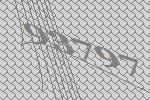
93797